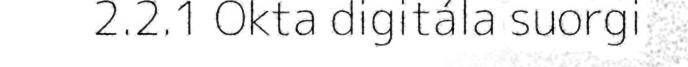
2.2.1 Okta digitála suorgi